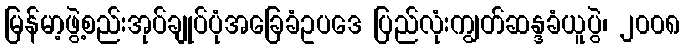
မြန်မာ့ဖွဲ့စည်းအုပ်ချုပ်ပုံအခြေခံဥပဒေ ပြည်လုံးကျွတ်ဆန္ဒခံယူပွဲ၊ ၂၀၀၈